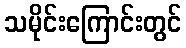
သမိုင်းကြောင်းတွင်